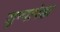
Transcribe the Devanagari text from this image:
जुन्यापेक्षा